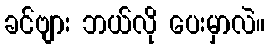
ခင်ဗျား ဘယ်လို ပေးမှာလဲ။